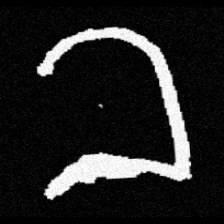
Pyu character \u2014 Myanmar letter: ခ (romanized: kha)